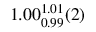
1 . 0 0 _ { 0 . 9 9 } ^ { 1 . 0 1 } ( 2 )